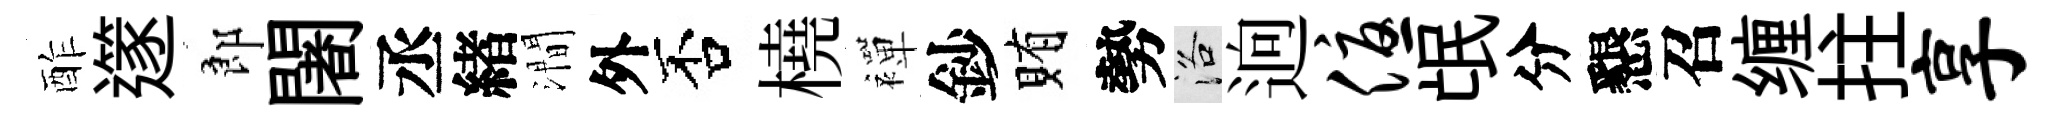
酢𨗹郎闍丞緖澗外否橈襌鈔賄勢洛逈优氓分懇召缠拄享